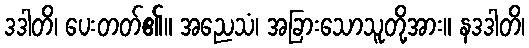
ဒဒါတိ၊ ပေးတတ်၏။ အညေသံ၊ အခြားသောသူတို့အား။ နဒဒါတိ၊